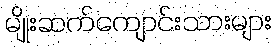
မျိုးဆက်ကျောင်းသားများ